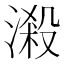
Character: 𣻑